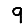
Digit: 9